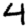
Digit: 4